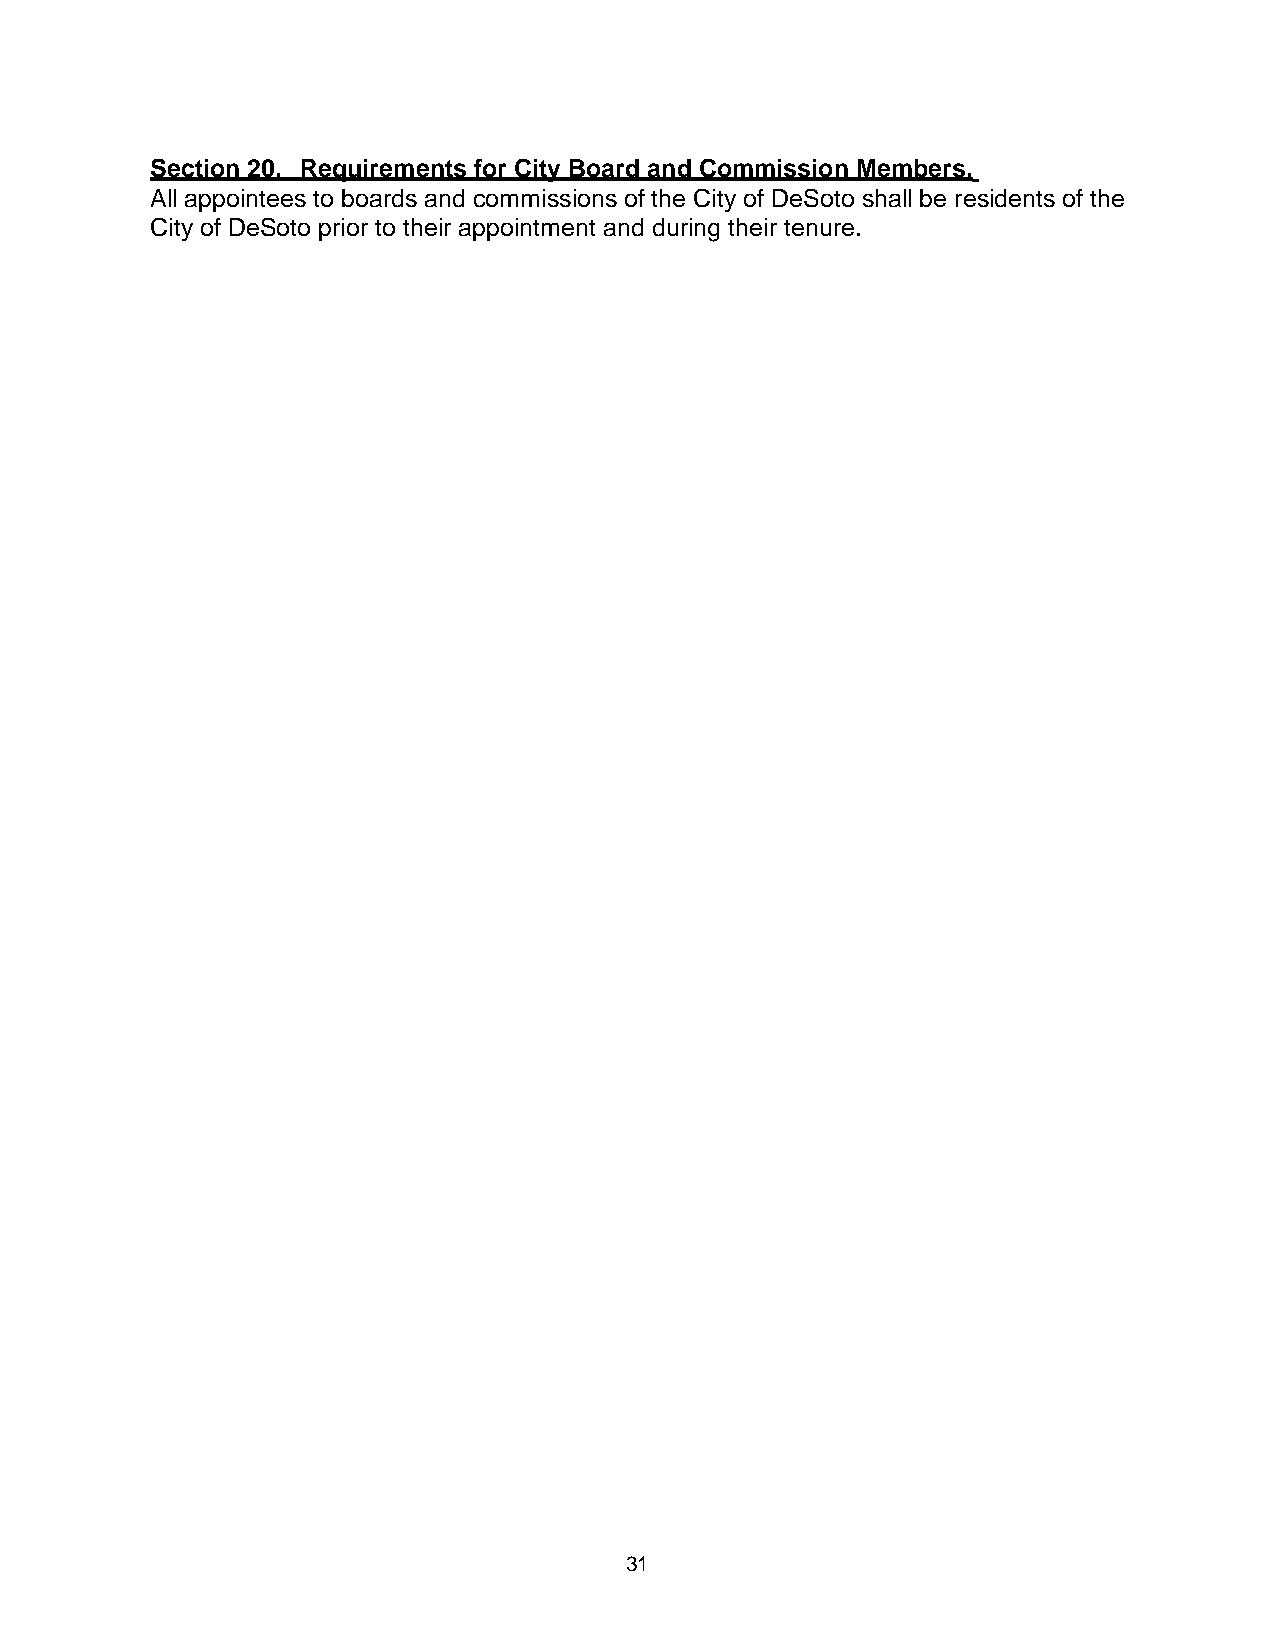
Section 20. Requirements for City Board and Commission Members.
 All appointees to boards and commissions of the City of DeSoto shall be residents of the
 City of DeSoto prior to their appointment and during their tenure.
 31